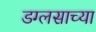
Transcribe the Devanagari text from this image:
डग्लसाच्या